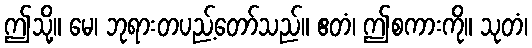
ဤသို့။ မေ၊ ဘုရားတပည့်တော်သည်။ ဧတံ၊ ဤစကားကို။ သုတံ၊